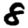
Digit: 8